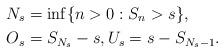
LaTeX: \begin{align*} N_s &= \inf\{n>0: S_n>s\},\\O_s&=S_{N_s}-s, U_s=s-S_{N_{s}-1}.\end{align*}